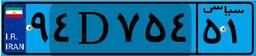
۲۹D۰۳۸۴۶